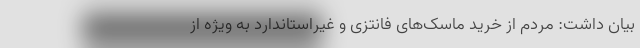
بیان داشت: مردم از خرید ماسک‌های فانتزی و غیراستاندارد به ویژه از